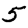
Digit: 5